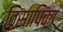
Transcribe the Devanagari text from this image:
विसापिका